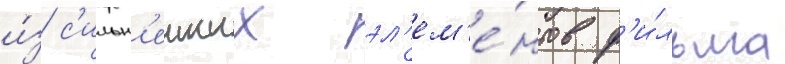
и́з с'ильн'еиших эл'ем'е́нтов ф'и́льма